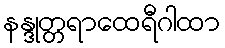
နန္ဒုတ္တရာထေရီဂါထာ